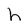
Character: h